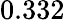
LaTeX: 0.332